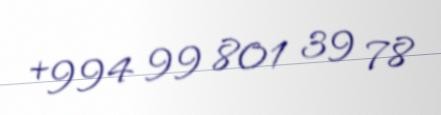
+994 99 801 39 78